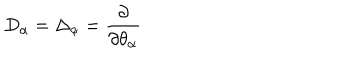
LaTeX: D _ { \alpha } = \Delta _ { \alpha } = \frac { \partial } { \partial \theta _ { \alpha } }